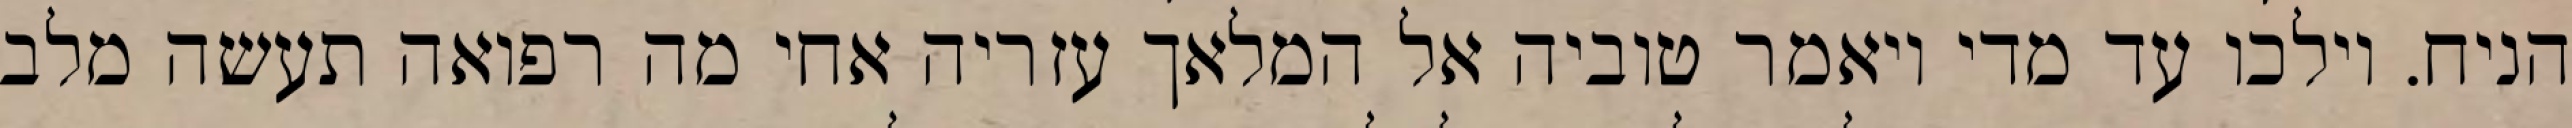
הניח. וילכו עד מדי ויאמר טוביה אל המלאך עזריה אחי מה רפואה תעשה מלב